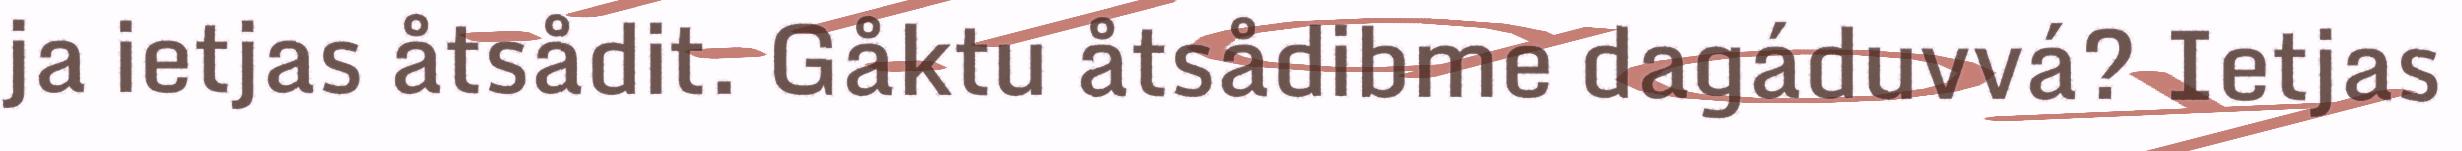
ja ietjas åtsådit. Gåktu åtsådibme dagáduvvá? Ietjas